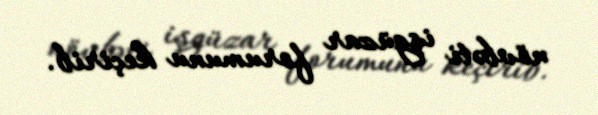
növbəti işgüzar forumunu keçirib.